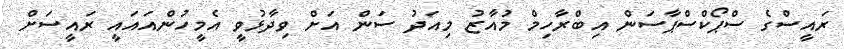
ރައީސްގެ ސްޕޯކްސްޕާސަން އިބްރާހިމް މުއާޒު މިއަދު ސަން އަށް ވިދާޅުވީ އެމީހުންއައައީ ރައީސަށް